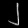
Digit: ၂